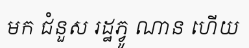
មក ជំនួស រដ្ឋភ្វូ ណាន ហើយ